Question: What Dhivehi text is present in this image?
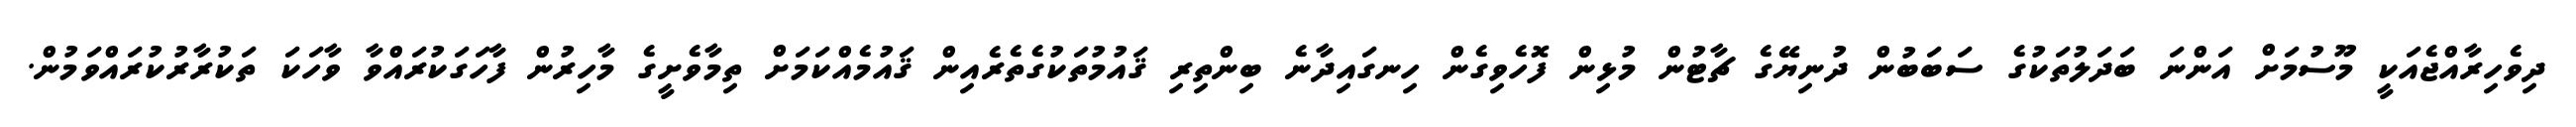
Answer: ދިވެހިރާއްޖެއަކީ މޫސުމަށް އަންނަ ބަދަލުތަކުގެ ސަބަބުން ދުނިޔޭގެ ޗާޓުން މުޅިން ފޮހެވިގެން ހިނގައިދާނެ ބިންތިރި ޤައުމުތަކުގެތެރެއިން ޤައުމެއްކަމަށް ތިމާވެށީގެ މާހިރުން ފާހަގަކުރައްވާ ވާހަކަ ތަކުރާރުކުރައްވަމުން.